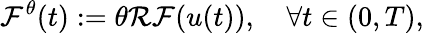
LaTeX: \mathcal{F}^{\theta}(t):=\theta\mathcal{R}\mathcal{F}(u(t)),\quad\forall t\in(0,T),